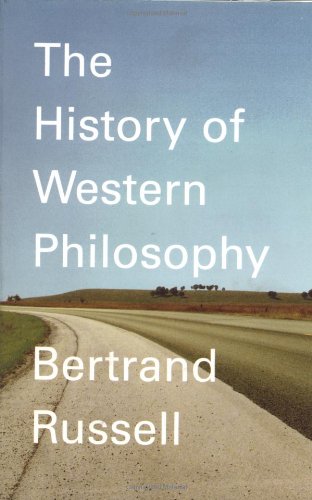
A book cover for A History of Western Philosophy; Bertrand Russell; Politics & Social Sciences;